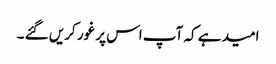
امید ہے کہ آپ اس پر غور کریں گئے ۔